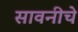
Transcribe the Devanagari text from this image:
सावनीचे